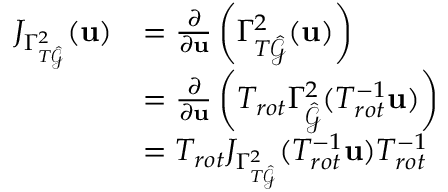
\begin{array} { r l } { J _ { \Gamma _ { T \hat { \mathcal { G } } } ^ { 2 } } ( \mathbf { u } ) } & { = \frac { \partial } { \partial \mathbf { u } } \left( \Gamma _ { T \hat { \mathcal { G } } } ^ { 2 } ( \mathbf { u } ) \right) } \\ & { = \frac { \partial } { \partial \mathbf { u } } \left( T _ { r o t } \Gamma _ { \hat { \mathcal { G } } } ^ { 2 } ( T _ { r o t } ^ { - 1 } \mathbf { u } ) \right) } \\ & { = T _ { r o t } J _ { \Gamma _ { T \hat { \mathcal { G } } } ^ { 2 } } ( T _ { r o t } ^ { - 1 } \mathbf { u } ) T _ { r o t } ^ { - 1 } } \end{array}